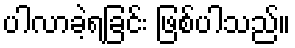
ပါလာခဲ့ရခြင်း ဖြစ်ပါသည်။